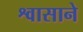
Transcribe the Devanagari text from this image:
श्वासाने